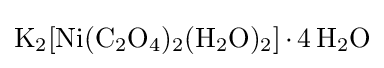
{\ce {K2[Ni(C2O4)2(H2O)2].4H2O}}